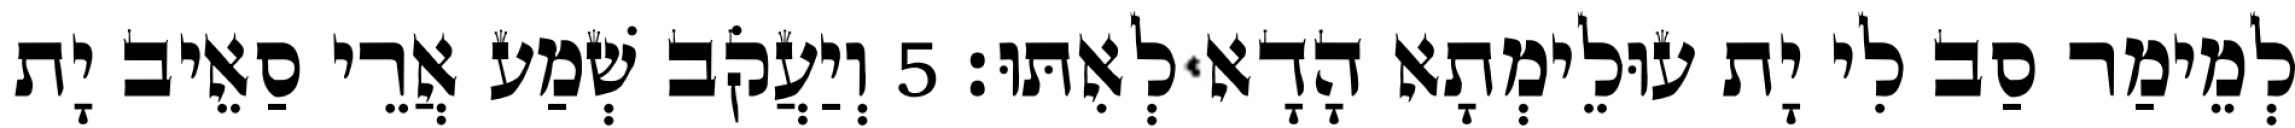
לְמֵימַר סַב לִי יָת עוּלֵימְתָא הָדָא לְאִתּוּ׃ 5 וְיַעֲקֹב שְׁמַע אֲרֵי סַאֵיב יָת